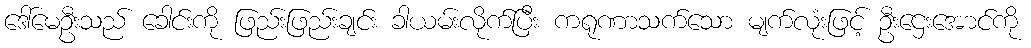
ဒေါ်မေဦးသည် ခေါင်းကို ဖြည်းဖြည်းချင်း ခါယမ်းလိုက်ပြီး ကရုဏာသက်သော မျက်လုံးဖြင့် ဦးဌေးအောင်ကို